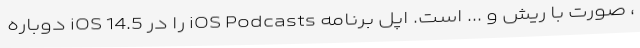
، صورت با ریش و ... است. اپل برنامه iOS Podcasts را در iOS 14.5 دوباره